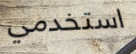
استخدمي